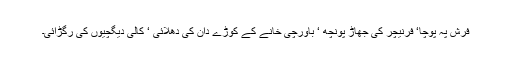
فرش پہ پوچا‘ فرنیچر کی جھاڑ پونچھ ‘ باورچی خانے کے کوڑے دان کی دھلائی ‘ کالی دیگچیوں کی رگڑائی۔